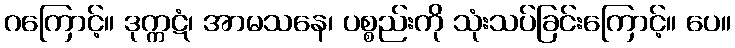
ဂကြောင့်။ ဒုက္ကဋံ၊ အာမသနေ၊ ပစ္စည်းကို သုံးသပ်ခြင်းကြောင့်။ ပေ။